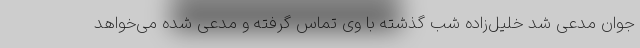
جوان مدعی شد خلیل‌زاده شب گذشته با وی تماس گرفته و مدعی شده می‌خواهد